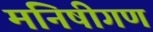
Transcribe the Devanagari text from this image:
मनिषीगण